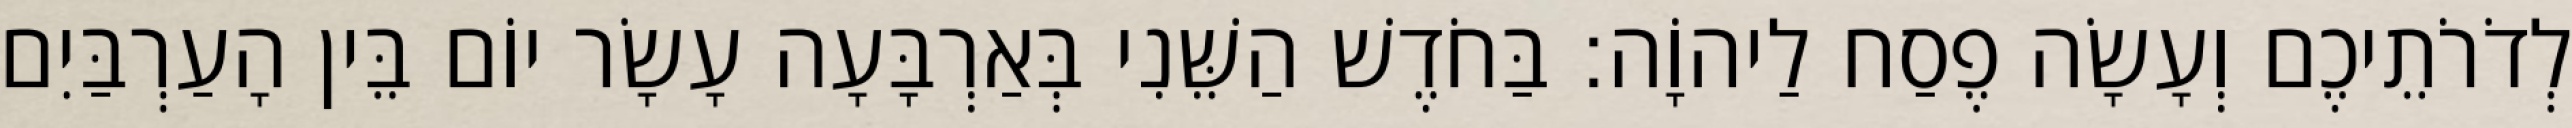
לְדֹרֹתֵיכֶם וְעָשָׂה פֶסַח לַיהוָֹה׃ בַּחֹדֶשׁ הַשֵּׁנִי בְּאַרְבָּעָה עָשָׂר יוֹם בֵּין הָעַרְבַּיִם